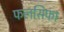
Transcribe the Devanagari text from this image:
फलसिफा